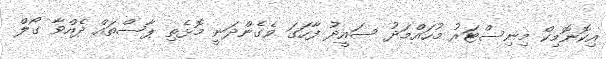
އިކޮނޮމިކް މިނިސްޓަރު މުހައްމަދު ސައީދު ފާހަގަ ވެގެންދަނީ މޮޅެތި ޕާސްތައް ދެއްވާ ގޯލް